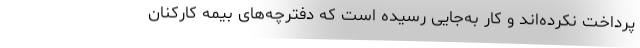
پرداخت نکرده‌اند و کار به‌جایی رسیده است که دفترچه‌های بیمه کارکنان